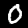
Label: 0